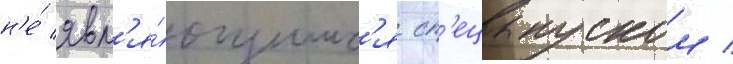
н'е́ явл'я́ющимс'я сп'ецвыпуском /